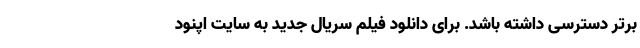
برتر دسترسی داشته باشد. برای دانلود فیلم سریال جدید به سایت اپنود